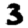
Digit: 3